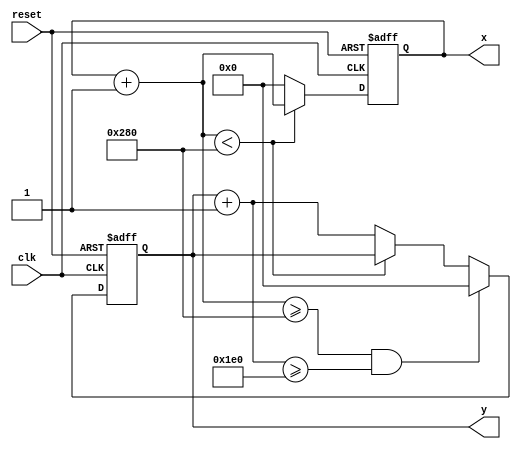
`timescale 1ns / 1ps

module graphics_renderer #(
    parameter CANVAS_WIDTH = 640,
    parameter CANVAS_HEIGHT = 480
) (
    output wire [9:0] x,
    output wire [9:0] y,
    input wire clk,
    input wire reset
);
    
    reg [9:0] gpu_px;
    reg [9:0] gpu_py;
    wire [9:0] gpu_px_next = gpu_px + 1;
    wire [9:0] gpu_py_next = gpu_py + 1;
    
    initial begin
        gpu_px <= 0;
        gpu_py <= 0;
    end
    
    always @(posedge clk, posedge reset) begin
        if (reset) begin
            gpu_px <= 0;
            gpu_py <= 0;
        end else begin
            if (gpu_px_next < CANVAS_WIDTH) begin
                gpu_px <= gpu_px_next;
            end else begin
                gpu_px <= 0;
                gpu_py <= gpu_py_next;
            end
        
            if (gpu_px_next >= CANVAS_WIDTH && 
                gpu_py_next >= CANVAS_HEIGHT) begin
                gpu_py <= 0;
            end
        end
    end
    
    assign x = gpu_px;
    assign y = gpu_py;

endmodule